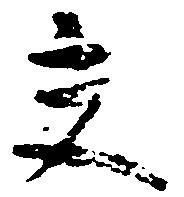
交